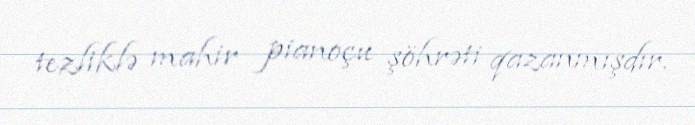
tezliklə mahir pianoçu şöhrəti qazanmışdır.